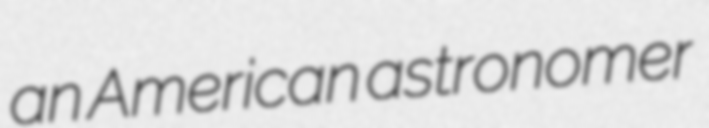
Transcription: an American astronomer